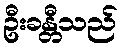
ဦးခန္တီသည်